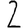
Digit: 2